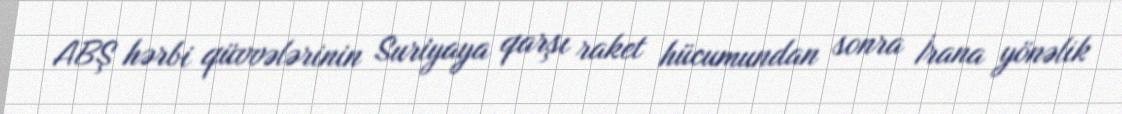
ABŞ hərbi qüvvələrinin Suriyaya qarşı raket hücumundan sonra İrana yönəlik